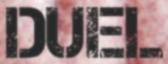
DUEL